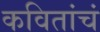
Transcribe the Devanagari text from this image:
कवितांचं